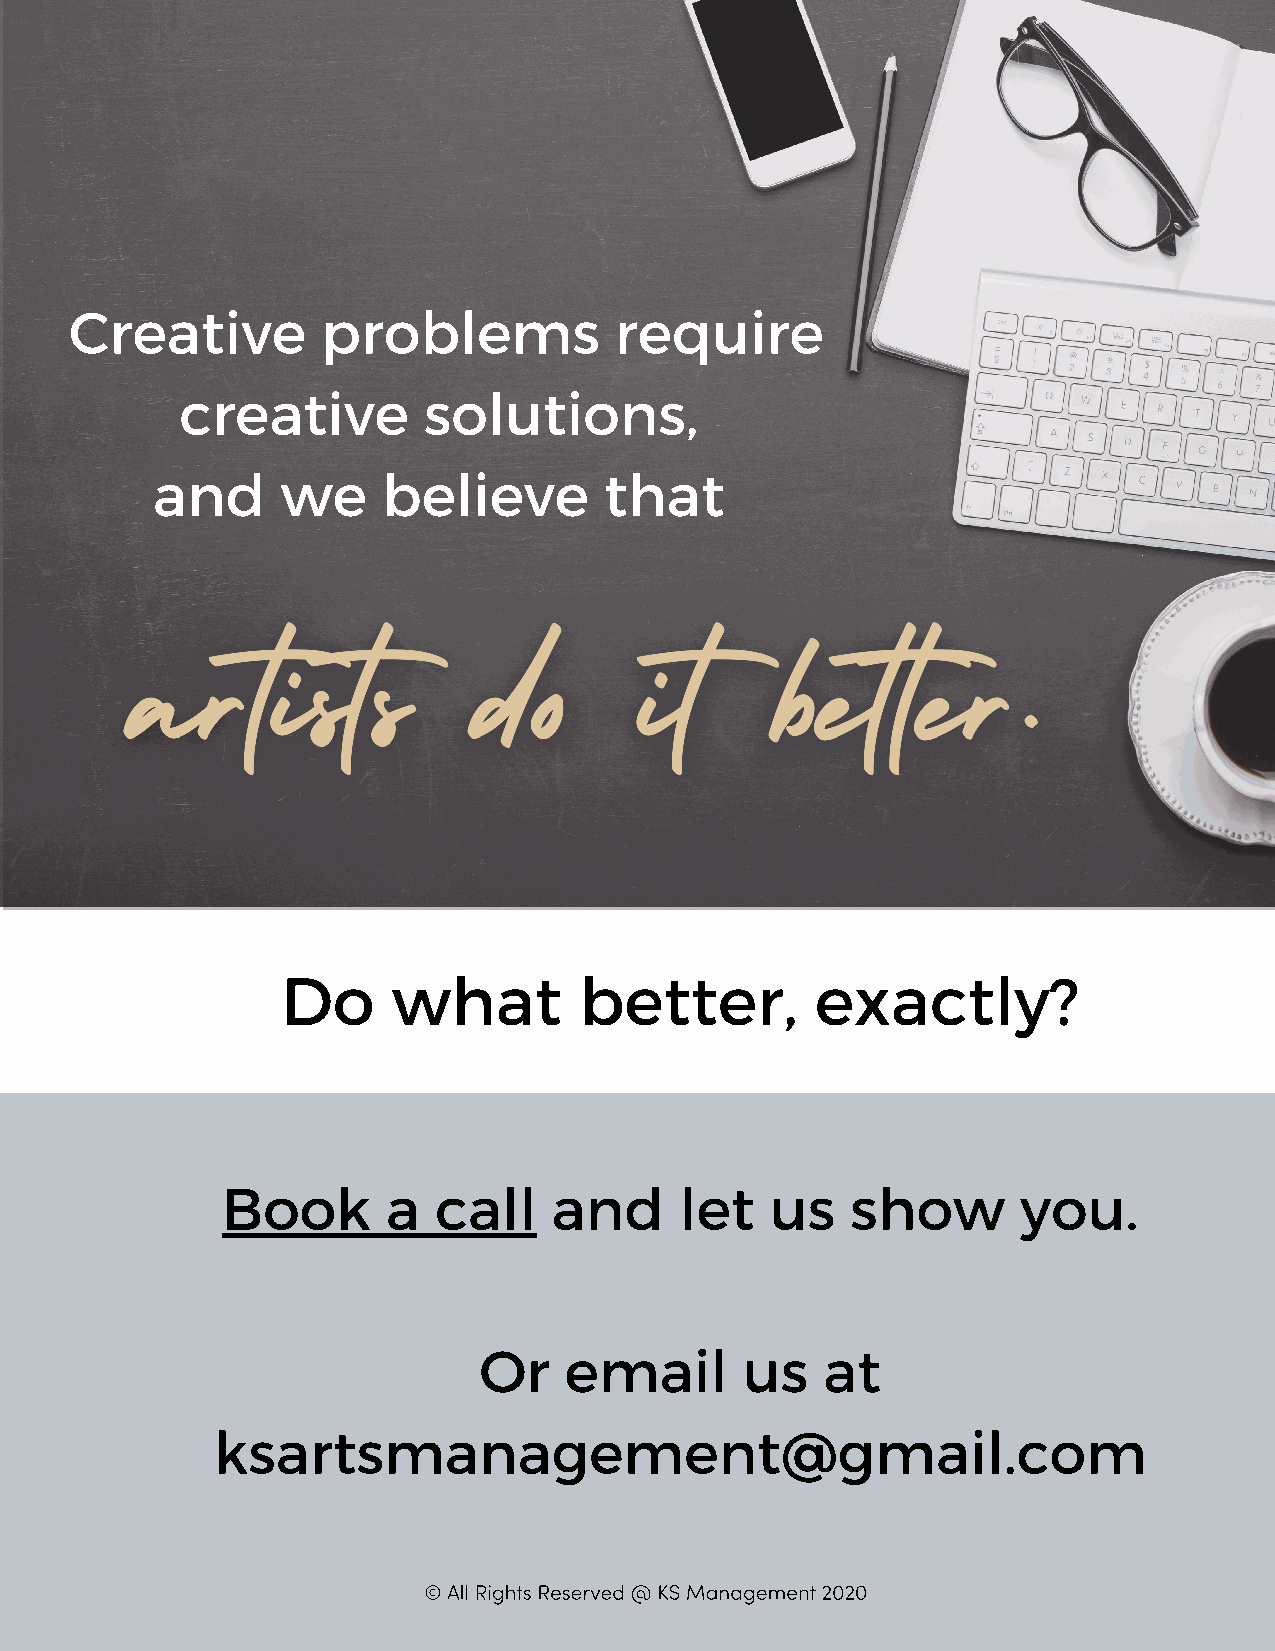
Creative        problems            require
 creative        solutions,
 and      we    believe        that
 Do     what        better,         exactly?
 Book       a  call    and     let   us   show        you.
 Or   email       us    at
 ksartsmanagement@gmail.com
 © All Rights Reserved @ KS Management 2020